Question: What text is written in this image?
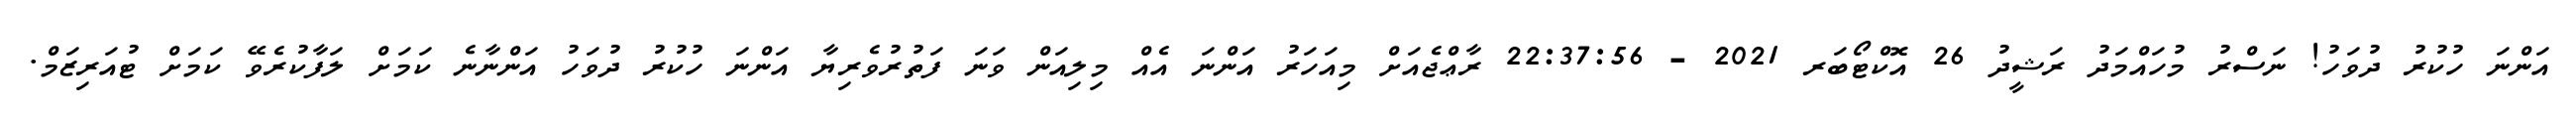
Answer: އަންނަ ހުކުރު ދުވަހު! ނަސްރު މުހައްމަދު ރަޝީދު 26 އޮކްޓޯބަރ 2021 - 22:37:56 ރާޢްޖެއަށް މިއަހަރު އަންނަ އެއް މިލިއަން ވަނަ ފަތުރުވެރިޔާ އަންނަ ހުކުރު ދުވަހު އަންނާނެ ކަމަށް ލަފާކުރެވޭ ކަމަށް ޓުއަރިޒަމް.